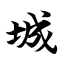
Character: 城